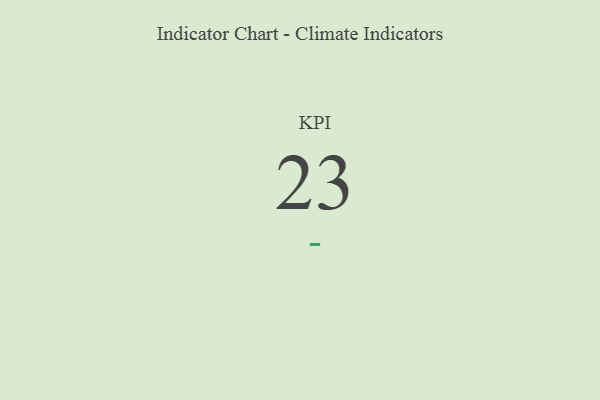
{"axis": {"x": "KPI", "y": "Value"}, "legend": [""], "data": [{"x": "KPI", "y": 23, "type": ""}]}